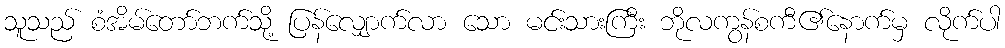
သူသည် စံအိမ်တော်ဘက်သို့ ပြန်လျှောက်လာ သော မင်းသားကြီး ဘိုလကွန်စကီ၏နောက်မှ လိုက်ပါ